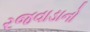
રજવાડાનો